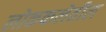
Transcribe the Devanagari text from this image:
लोककलेतील